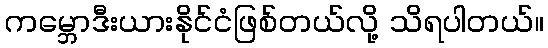
ကမ္ဘောဒီးယားနိုင်ငံဖြစ်တယ်လို့ သိရပါတယ်။